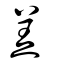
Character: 羙